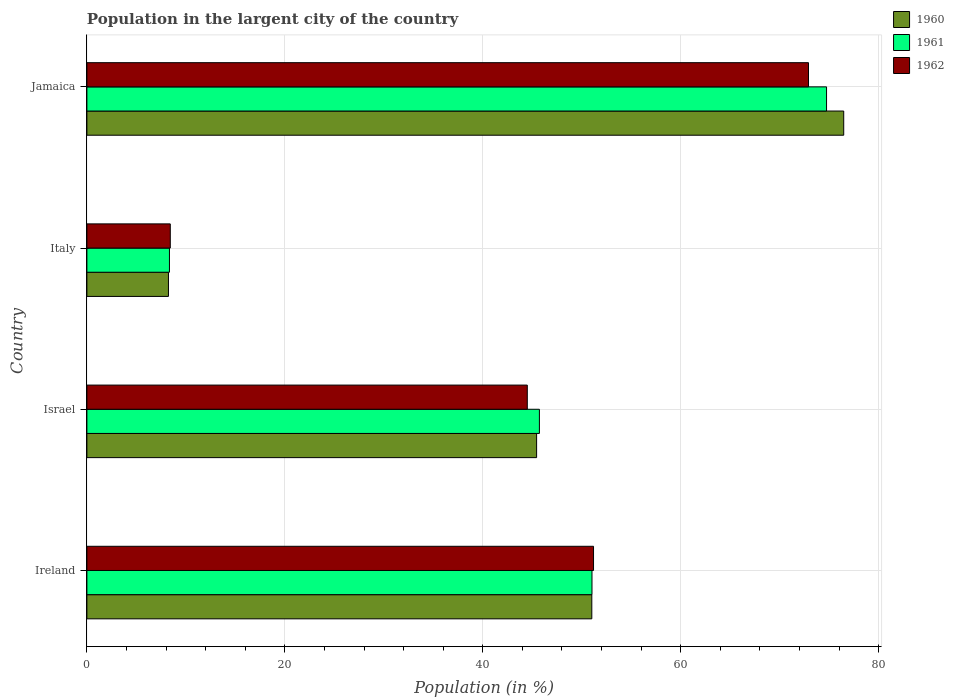
| Country | 1960 | 1961 | 1962 |
 | --- | --- | --- | --- |
 | Ireland | 51 | 51 | 51.2 |
 | Israel | 45.4 | 45.7 | 44.5 |
 | Italy | 8.24 | 8.34 | 8.42 |
 | Jamaica | 76.5 | 74.7 | 72.9 |